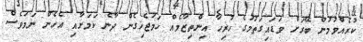
ކުރެއްވުމުން ބޭރަށް ވަޑައިގަތުމުގެ ހުރިހާ އިންތިޒާމެއް ހަމަޖެހިގެން ދާނެ ކަމަށާއި އެހެން ނަމަވެސް